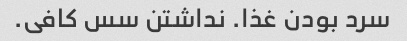
سرد بودن غذا. نداشتن سس کافی.